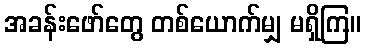
အခန်းဖော်တွေ တစ်ယောက်မျှ မရှိကြ။